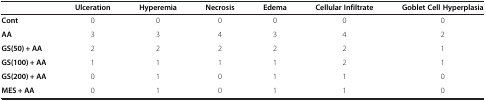
<table><thead><tr><td><b> </b></td><td><b>Ulceration</b></td><td><b>Hyperemia</b></td><td><b>Necrosis</b></td><td><b>Edema</b></td><td><b>Cellular Infiltrate</b></td><td><b>Goblet Cell Hyperplasia</b></td></tr></thead><tbody><tr><td><b>Cont</b></td><td>0</td><td>0</td><td>0</td><td>0</td><td>0</td><td>0</td></tr><tr><td><b>AA</b></td><td>3</td><td>3</td><td>4</td><td>3</td><td>4</td><td>2</td></tr><tr><td><b>GS(50) + AA</b></td><td>2</td><td>2</td><td>2</td><td>2</td><td>2</td><td>1</td></tr><tr><td><b>GS(100) + AA</b></td><td>1</td><td>1</td><td>1</td><td>1</td><td>2</td><td>1</td></tr><tr><td><b>GS(200) + AA</b></td><td>0</td><td>1</td><td>0</td><td>1</td><td>1</td><td>0</td></tr><tr><td><b>MES + AA</b></td><td>0</td><td>1</td><td>0</td><td>1</td><td>1</td><td>0</td></tr></tbody></table>